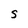
Character: S